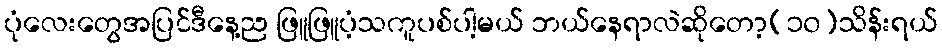
ပုံလေးတွေအပြင်ဒီနေ့ည ဖြူဖြူပံ့သကူပစ်ပါ့မယ် ဘယ်နေရာလဲဆိုတော့(၁၀)သိန်းရယ်